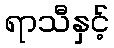
ရာသီနှင့်